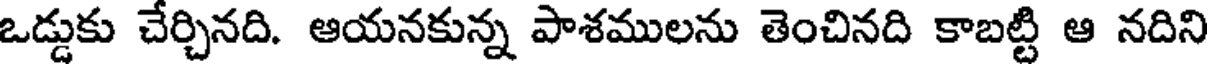
ఒడ్డుకు చేర్చినది. ఆయనకున్న పాశములను తెంచినది కాబట్టి ఆ నదిని